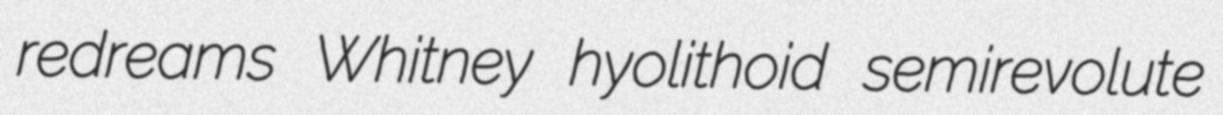
redreams Whitney hyolithoid semirevolute